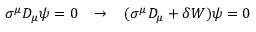
\sigma ^ { \mu } D _ { \mu } \psi = 0 \; \; \; \rightarrow \; \; \; ( \sigma ^ { \mu } D _ { \mu } + \delta W ) \psi = 0